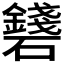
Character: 𥗛